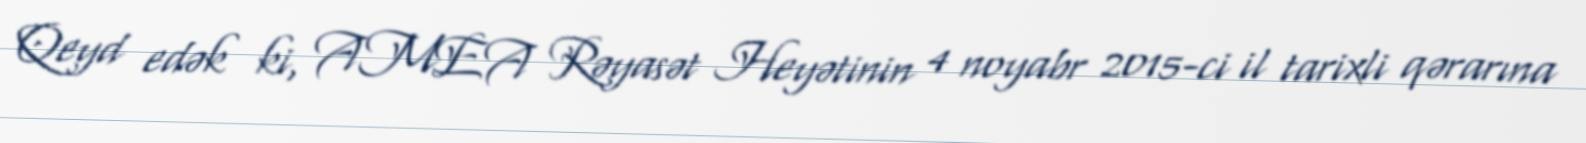
Qeyd edək ki, AMEA Rəyasət Heyətinin 4 noyabr 2015-ci il tarixli qərarına